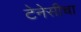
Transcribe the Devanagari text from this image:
टेनेसीचा